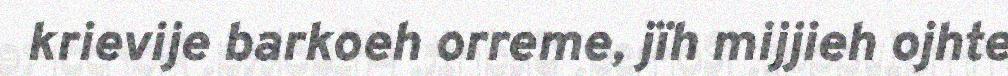
krievije barkoeh orreme, jïh mijjieh ojhte